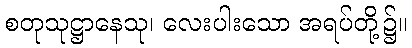
စတုသုဋ္ဌာနေသု၊ လေးပါးသော အရပ်တို့၌။